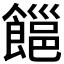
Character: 𩝹